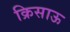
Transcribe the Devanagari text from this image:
क्रिसाऊ